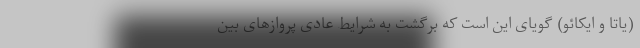
(یاتا و ایکائو) گویای این است که برگشت به شرایط عادی پروازهای بین